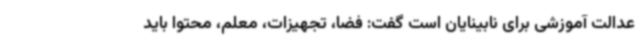
عدالت آموزشی برای نابینایان است گفت: فضا، تجهیزات، معلم، محتوا باید